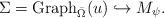
LaTeX: \begin{align*}\Sigma = \mathrm{Graph}_{\bar \Omega}(u) \hookrightarrow M_{\psi}.\end{align*}